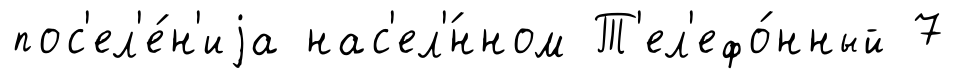
пос'ел'е́н'иjа нас'ел'́нном Т'ел'ефо́нный 7